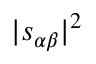
| s _ { \alpha \beta } | ^ { 2 }